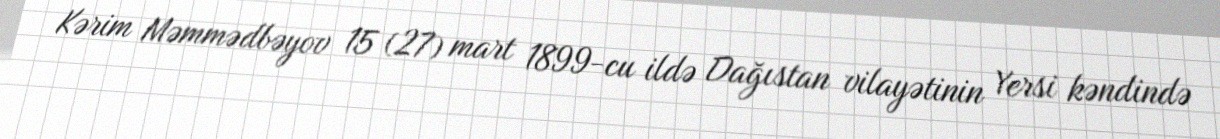
Kərim Məmmədbəyov 15 (27) mart 1899-cu ildə Dağıstan vilayətinin Yersi kəndində